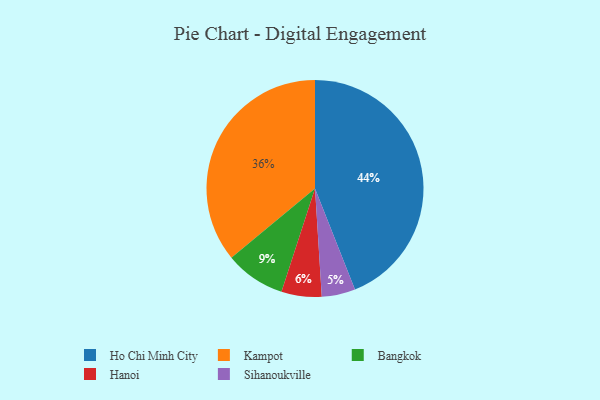
{"axis": {"x": "Category", "y": "Percentage"}, "legend": ["Bangkok", "Hanoi", "Ho Chi Minh City", "Kampot", "Sihanoukville"], "data": [{"x": "Hanoi", "y": 6, "type": "Hanoi"}, {"x": "Bangkok", "y": 9, "type": "Bangkok"}, {"x": "Ho Chi Minh City", "y": 44, "type": "Ho Chi Minh City"}, {"x": "Kampot", "y": 36, "type": "Kampot"}, {"x": "Sihanoukville", "y": 5, "type": "Sihanoukville"}]}